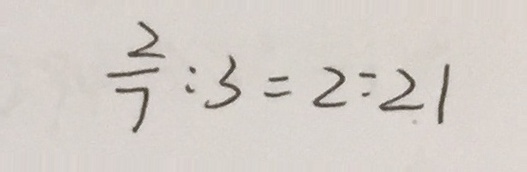
\frac { 2 } { 7 } : 3 = 2 : 2 1